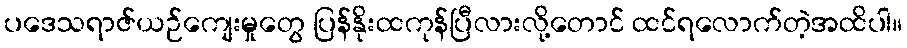
ပဒေသရာဇ်ယဉ်ကျေးမှုတွေ ပြန်နိုးထကုန်ပြီလားလို့တောင် ထင်ရလောက်တဲ့အထိပါ။